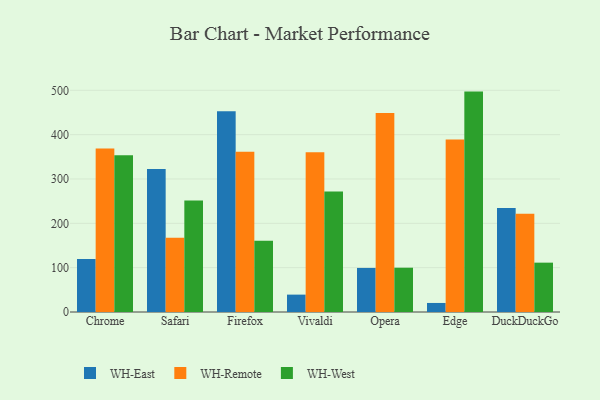
{"axis": {"x": "Browser", "y": "Conversion Rate (%)"}, "legend": ["WH-East", "WH-Remote", "WH-West"], "data": [{"x": "Chrome", "y": 119.5, "type": "WH-East"}, {"x": "Chrome", "y": 368.5, "type": "WH-Remote"}, {"x": "Chrome", "y": 353.6, "type": "WH-West"}, {"x": "Safari", "y": 322.3, "type": "WH-East"}, {"x": "Safari", "y": 167.2, "type": "WH-Remote"}, {"x": "Safari", "y": 251.6, "type": "WH-West"}, {"x": "Firefox", "y": 452.9, "type": "WH-East"}, {"x": "Firefox", "y": 361.3, "type": "WH-Remote"}, {"x": "Firefox", "y": 160.6, "type": "WH-West"}, {"x": "Vivaldi", "y": 39.2, "type": "WH-East"}, {"x": "Vivaldi", "y": 360.5, "type": "WH-Remote"}, {"x": "Vivaldi", "y": 271.9, "type": "WH-West"}, {"x": "Opera", "y": 99.4, "type": "WH-East"}, {"x": "Opera", "y": 448.6, "type": "WH-Remote"}, {"x": "Opera", "y": 99.9, "type": "WH-West"}, {"x": "Edge", "y": 20.4, "type": "WH-East"}, {"x": "Edge", "y": 388.8, "type": "WH-Remote"}, {"x": "Edge", "y": 497.1, "type": "WH-West"}, {"x": "DuckDuckGo", "y": 234.7, "type": "WH-East"}, {"x": "DuckDuckGo", "y": 221.7, "type": "WH-Remote"}, {"x": "DuckDuckGo", "y": 111.3, "type": "WH-West"}]}